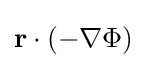
\mathbf {r} \cdot (-\mathbf {\nabla } \Phi )